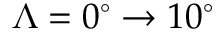
\Lambda = 0 ^ { \circ } \rightarrow 1 0 ^ { \circ }